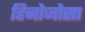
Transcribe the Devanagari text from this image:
हिनोजोसा